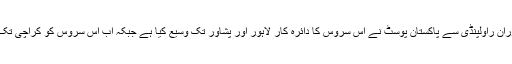
گزشتہ چار ماہ کے دوران راولپنڈی سے پاکستان پوسٹ نے اس سروس کا دائرہ کار لاہور اور پشاور تک وسیع کیا ہے جبکہ اب اس سروس کو کراچی تک وسعت دی جائے گی۔